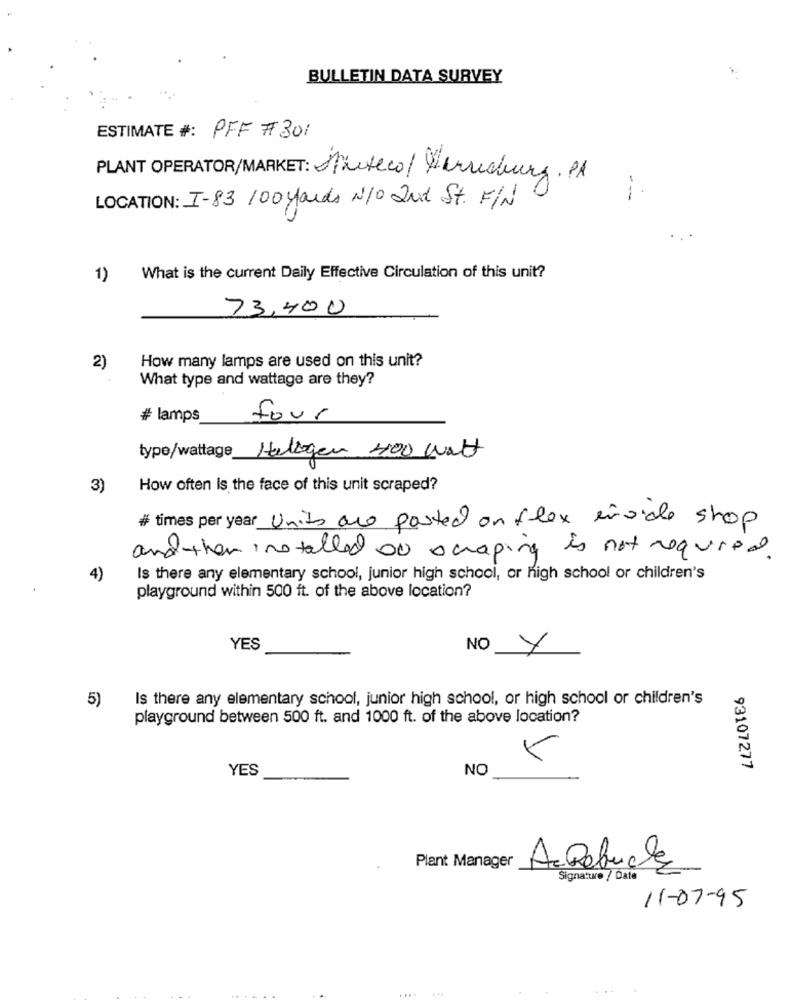
BULLETIN DATA SURVEY
ESTIMATE #: PFF # 301
PLANT OPERATOR/MARKET: Starteco/Harrisburg. PA
LOCATION: I-83 100 yards N/O 2nd St. FIN
1)
What is the current Daily Effective Circulation of this unit?
73,400
How many lamps are used on this unit?
2)
What type and wattage are they?
# lamps
four
type/wattage_
Halogen 400 watt
3)
How often is the face of this unit scraped?
# times per year Units are posted on flex inside shop
and then installed on scraping is not required.
4)
Is there any elementary school, junior high school, or high school or children's
playground within 500 ft. of the above location?
YES
NO Y
Is there any elementary school, junior high school, or high school or children's
5)
playground between 500 ft. and 1000 ft. of the above location?
V
YES
NO
93107277
Plant Manager
AcDeluca
Signature / Date
11-07-95